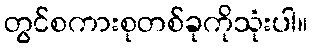
တွင်စကားစုတစ်ခုကိုသုံးပါ။